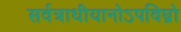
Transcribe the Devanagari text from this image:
सर्वत्राधीयानोऽपविघ्नो